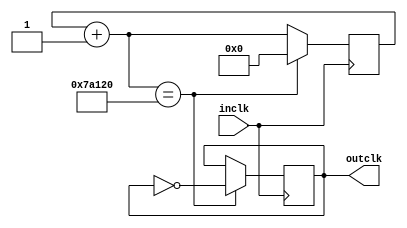
`timescale 1ns / 1ps
//////////////////////////////////////////////////////////////////////////////////
// Company: 
// Engineer: 
// 
// Design Name: 
// Module Name: clkdiv
// Project Name: 
// Target Devices: 
// Tool Versions: 
// Description: 
// 
// Dependencies: 
// 
// Revision:
// Revision 0.01 - File Created
// Additional Comments:
// 
//////////////////////////////////////////////////////////////////////////////////

module clkdiv1000000(input inclk, output reg outclk);
    reg [18:0] count = 0;
    always @(posedge inclk) begin
        count = count + 1;
        if(count == 19'd500000) begin
            count = 0;
            outclk = ~outclk;
        end
    end
endmodule

// Divides the input clock by 20/13
module clkdiv20_13(input inclk, output outclk);
  reg [4:0] count0 = 0;
  reg [1:0] count1 = 0;
  reg [1:0] count2 = 0;
  
  assign outclk = (count1 == 0) | (count2 == 0);
  always @(posedge inclk) begin
    count0 = count0+1;
    count1 = count1+1;
    if(count0 == 20) begin
      count0 = 0;
      count1 = 0;
    end else
    if(count1 == 3)
      count1 = 0;
  end
  always @(negedge inclk) begin
    if(count0 == 19)
        count2 = 0;
    count2 = count2+1;
    if(count2 == 3)
      count2 = 0;
  end
endmodule